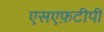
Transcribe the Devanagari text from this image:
एसएफ़टीपी